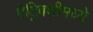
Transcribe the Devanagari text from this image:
पेट्रिबशीमध्ये